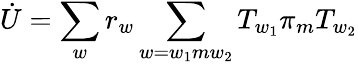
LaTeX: \dot{U}=\sum_{w}r_{w}\sum_{w=w_{1}mw_{2}}T_{w_{1}}\pi_{m}T_{w_{2}}